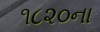
૧૮૨૦ના